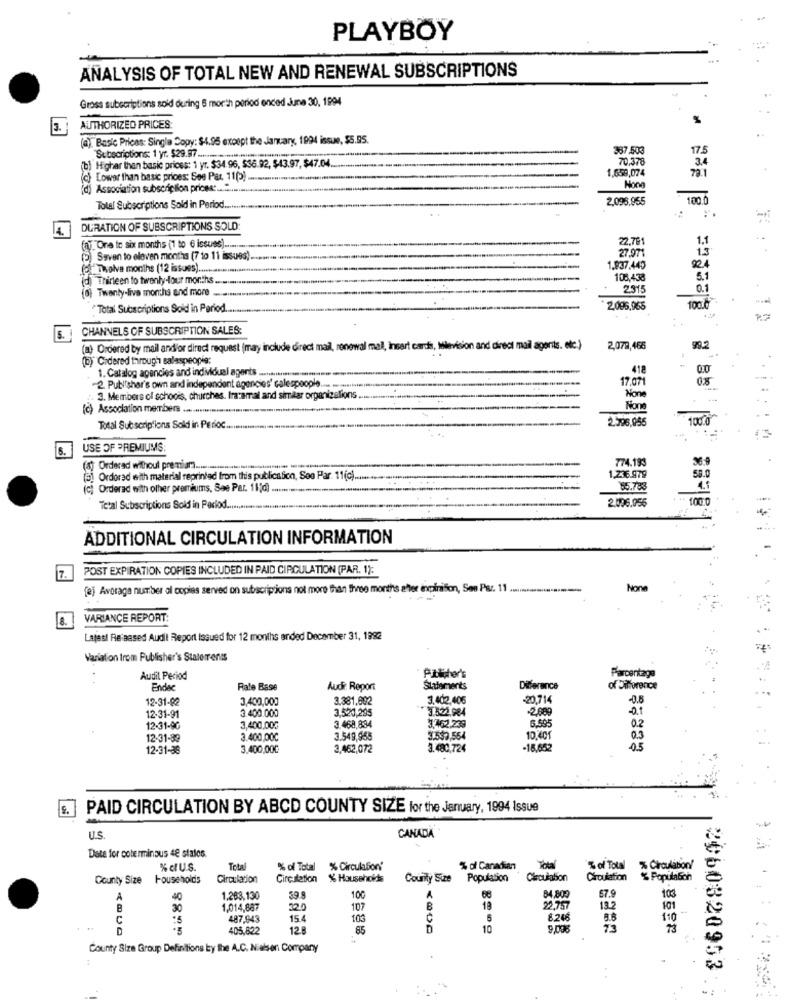
PLAYBOY
ANALYSIS OF TOTAL NEW AND RENEWAL SUBSCRIPTIONS
Gross subscriptions sold during 6 month period ended June 30, 1994
AUTHORIZED PRICES:
(a). Basic Prices: Single Copy: $4.95 except the January, 1994 issue, $5.95.
387,503
175
(b) Higher than basic prices: 1 yr. $34 96, 536.92, $43.97, $47.04
Subscriptions: 1 yr. $29.97 .........
70.378
3.4
1.659,074
72.1
(c) Lower than basic prices: See Par. 11(5).
(d) Association subscription prions :......
2.098.955
100
Total Subscriptions Sold in Period ...
4.
DURATION OF SUBSCRIPTIONS SOLD:
22.79
1.1
(ay. One to six months (1 to € issues) .......
13
(5) Saven to eloven months (7 to 11 issues).
27,971
foive months (12 issues) .......
1.837.440
(d) Thirteen to twenty-four months
108,438
51
Twenty-live months and more
2.315
Total Subscriptions Sold in Period.
2,095,965
100.0
CHANNELS OF SUBSCRIPTION SALES:
5.
(a) Ordered by mail and'or direct request (may include direct mail, renewal mail, Insert cards, Ilevision and direct mail agents. etc.)
2,079,466
(b) Cidered through salaspeople:
1. Catalog agencies and individuel agents .....
418
0.0
17.071
0.8
2. Publisher's own and independent agencies' calespeople ...
3. Members ol schoois, churches. Iraramal and similar organizalions.
(c) Association members .............
2.596,055
Total Subscriptions Sold in Perioc.
..
16.
USE OF PREMIUMS:
36:9
Orderad without premiar ........
774.193
58.0
1 Ordorad with material reprinted from this publication, See Par. 11(c) ......
1.236.979
(c) Orderad with other premiums, See Par. 11[d]
85.738
4.1
2.006.055
1000
Total Subscriptions Sold in Period ....
ADDITIONAL CIRCULATION INFORMATION
7.
POST EXPIRATION COPIES INCLUDED IN PAID CIRCULATION (PAR. 1):
fej Average number all copies served on subscriptions not more than three months after expiration, Soo Par. 11 ...........
8.
VARIANCE REPORT:
Latest Re assed Audit Report Issued for 12 months ended December 31, 1992
Variation Irom Publisher's Stalerrenss
Audit Period
Publisher's
Parcentage
Endae
Rate Base
Audit Report
Statements
Difference
of Difference
12-31-82
3.381.602
3.402,406
-20,714
-0.6
3,400,000
3,520,295
-2,689
12-31-91
3.400.000
5,59
12-31-90
3,400,000
3.468,834
3.462 238
0.2
12-31-89
3.400,00℃
3.549,955
3.533,564
10,401
0.3
12-31-38
3.400,000
3,462,072
3.480,724
05
PAID CIRCULATION BY ABCD COUNTY SIZE for the January, 1994 Issue
U.S.
CANADA
Date for coterminous 48 stalos.
Total
% of Total % Circulation'
% of Canadian
Total
% of Total % Circulabon!
County Size Households
Circulation
Circulation
% Households
County Size
Population
Circulation
Circulation
% Populabon
84,800
A
40
1.283,130
39.9
100
A
67.9
103
30
1,014,887
32.0
107
18
22.757
13.2
101
C
487,943
15.4
103
8.248
110
D
405,822
12.8
85
D
10
9,000
73
73
County Size Group Definitions by the A.C. Nielsen Company
2060320953
. .